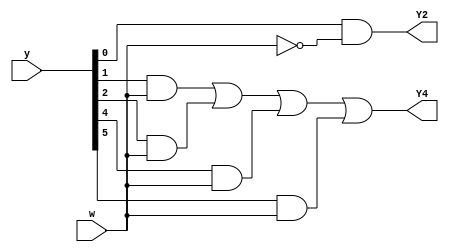
module top_module (
    input [6:1] y,
    input w,
    output Y2,
    output Y4);

    parameter A = 1;
    parameter B = 2;
    parameter C = 3;
    parameter D = 4;
    parameter E = 5;
    parameter F = 6;

    wire [6:1] NEXT_Y;

    assign NEXT_Y[A] = (y[A] & w) | (y[D] & w);  
    assign NEXT_Y[B] = y[A] & (~w);
    assign NEXT_Y[C] = (y[B] & (~w)) | (y[F] & (~w));
    assign NEXT_Y[D] = (y[B] & w) | (y[C] & w) | (y[E] & w) | (y[F] & w);
    assign NEXT_Y[E] = (y[C] & (~w)) | (y[E] & (~w));
    assign NEXT_Y[F] = y[D] & (~w);

    assign Y2 = NEXT_Y[2];
    assign Y4 = NEXT_Y[4];

endmodule